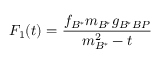
F _ { 1 } ( t ) = \frac { f _ { B ^ { * } } m _ { B ^ { * } } g _ { B ^ { * } B P } } { m _ { B ^ { * } } ^ { 2 } - t }